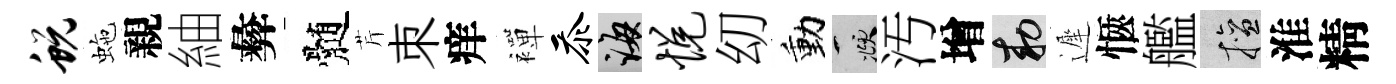
蜕虵親紬彜髄芹朿痒襌忝誨悦㓜動頫汚增敕遲愜艦擅淮精